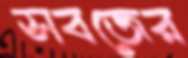
সবজের